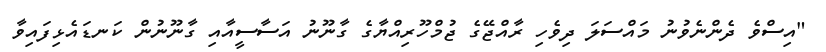
"އިސްވެ ދެންނެވުނު މައްސަލަ ދިވެހި ރާއްޖޭގެ ޖުމްހޫރިއްޔާގެ ގާނޫނު އަސާސީއާއި ގާނޫނުން ކަނޑައެޅިފައިވާ